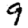
Digit: 9